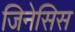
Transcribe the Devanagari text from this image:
जिनेसिस